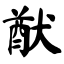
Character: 猷